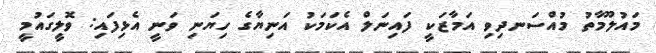
މައުލޫމާތު މުއްސަނދިވި އަމާޒަކީ ފައިނަލް އެކަމަކު އަނިޔާގެ ހިޔަނި ވަނީ އެޅިފައި: ވޮލީގައުމީ